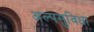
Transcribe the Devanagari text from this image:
अल्पसुविधा